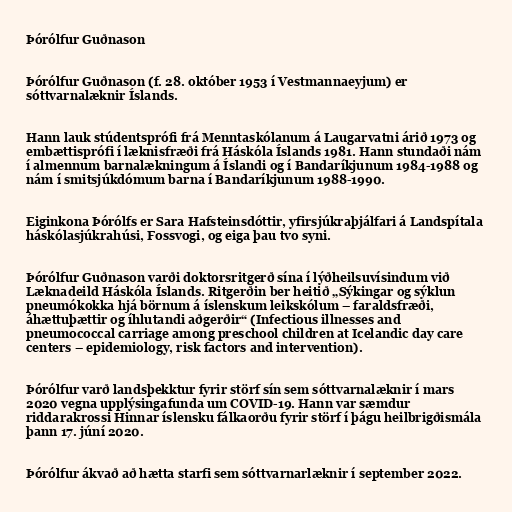
Þórólfur Guðnason

Þórólfur Guðnason (f. 28. október 1953 í Vestmannaeyjum) er
sóttvarnalæknir Íslands.

Hann lauk stúdentsprófi frá Menntaskólanum á Laugarvatni árið 1973 og
embættisprófi í læknisfræði frá Háskóla Íslands 1981. Hann stundaði nám
í almennum barnalækningum á Íslandi og í Bandaríkjunum 1984-1988 og
nám í smitsjúkdómum barna í Bandaríkjunum 1988-1990.

Eiginkona Þórólfs er Sara Hafsteinsdóttir, yfirsjúkraþjálfari á Landspítala
háskólasjúkrahúsi, Fossvogi, og eiga þau tvo syni.

Þórólfur Guðnason varði doktorsritgerð sína í lýðheilsuvísindum við
Læknadeild Háskóla Íslands. Ritgerðin ber heitið „Sýkingar og sýklun
pneumókokka hjá börnum á íslenskum leikskólum – faraldsfræði,
áhættuþættir og íhlutandi aðgerðir“ (Infectious illnesses and
pneumococcal carriage among preschool children at Icelandic day care
centers – epidemiology, risk factors and intervention).

Þórólfur varð landsþekktur fyrir störf sín sem sóttvarnalæknir í mars
2020 vegna upplýsingafunda um COVID-19. Hann var sæmdur
riddarakrossi Hinnar íslensku fálkaorðu fyrir störf í þágu heilbrigðismála
þann 17. júní 2020.

Þórólfur ákvað að hætta starfi sem sóttvarnarlæknir í september 2022.